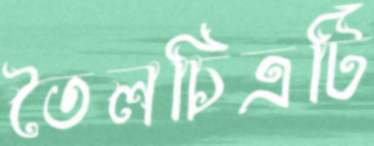
তৈলচিত্রটি